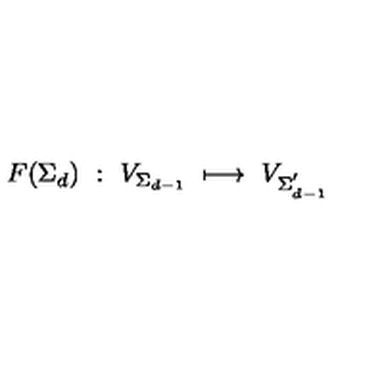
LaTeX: F ( \Sigma _ { d } ) \ : \ V _ { \Sigma _ { d - 1 } } \ \longmapsto \ V _ { \Sigma _ { d - 1 } ^ { ' } }